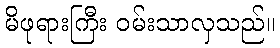
မိဖုရားကြီး ဝမ်းသာလှသည်။